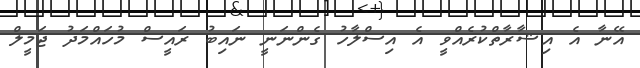
އޭނާ އެ އިޝާރާތްކުރެއްވީ އެ އިސްލާހު ގެންނަނީ ނައިބު ރައީސް މުހައްމަދު ޖަމީލް